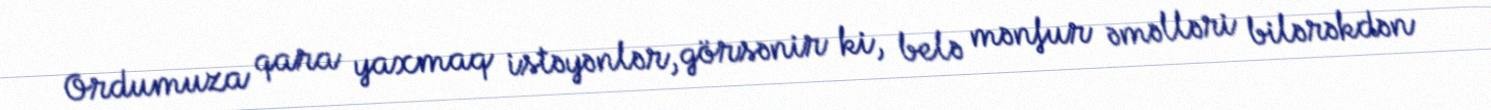
Ordumuza qara yaxmaq istəyənlər, görsənir ki, belə mənfur əməlləri bilərəkdən